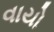
વાયો